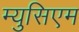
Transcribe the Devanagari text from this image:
म्युसिएम